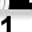
Digit: 1